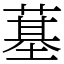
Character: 𦸀